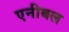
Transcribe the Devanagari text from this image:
एनीबल